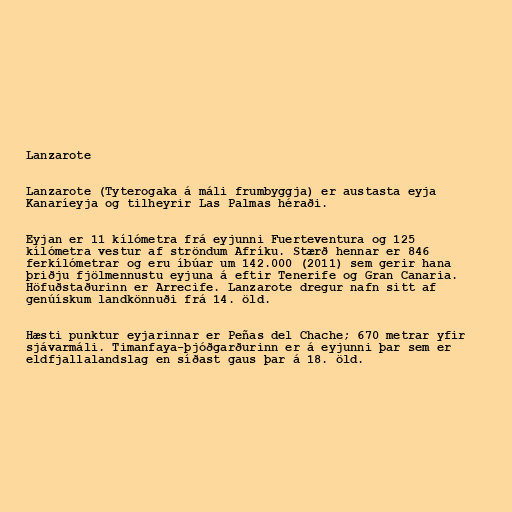
Lanzarote

Lanzarote (Tyterogaka á máli frumbyggja) er austasta eyja
Kanaríeyja og tilheyrir Las Palmas héraði.

Eyjan er 11 kílómetra frá eyjunni Fuerteventura og 125
kílómetra vestur af ströndum Afríku. Stærð hennar er 846
ferkílómetrar og eru íbúar um 142.000 (2011) sem gerir hana
þriðju fjölmennustu eyjuna á eftir Tenerife og Gran Canaria.
Höfuðstaðurinn er Arrecife. Lanzarote dregur nafn sitt af
genúískum landkönnuði frá 14. öld.

Hæsti punktur eyjarinnar er Peñas del Chache; 670 metrar yfir
sjávarmáli. Timanfaya-þjóðgarðurinn er á eyjunni þar sem er
eldfjallalandslag en síðast gaus þar á 18. öld.